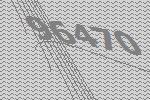
96470